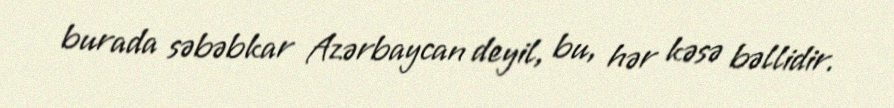
burada səbəbkar Azərbaycan deyil, bu, hər kəsə bəllidir.